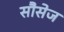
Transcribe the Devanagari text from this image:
सौसेज